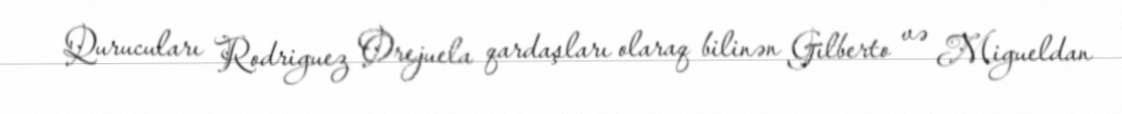
Qurucuları Rodriguez Orejuela qardaşları olaraq bilinən Gilberto və Migueldan